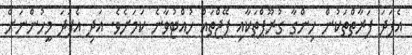
އެފަދަ ފަރާތްތަކުން ހިންގާ ގުރޫޕްތަކާއި ޕޭޖްތައް ހުއްޓުވާނެ ކަމަށެވެ. އަދި އެފަދަ މީހުންނަށް